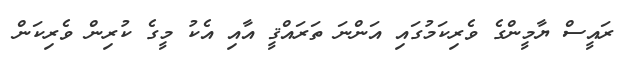
ރައީސް ޔާމީންގެ ވެރިކަމުގައި އަންނަ ތަރައްޤީ އާއި އެކު މީގެ ކުރިން ވެރިކަން